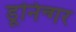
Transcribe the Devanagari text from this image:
डूनिन्गर